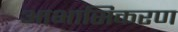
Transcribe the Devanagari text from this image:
आभासिकरण